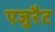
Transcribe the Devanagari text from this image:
एजुरैट